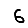
Digit: 6